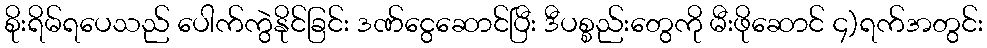
စိုးရိမ်ရပေသည် ပေါက်ကွဲနိုင်ခြင်း ဒဏ်ငွေဆောင်ပြီး ဒီပစ္စည်းတွေကို မီးဖိုဆောင် ၄)ရက်အတွင်း